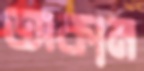
অকাম